Epidemic dropsy in Calcutta - Number 49
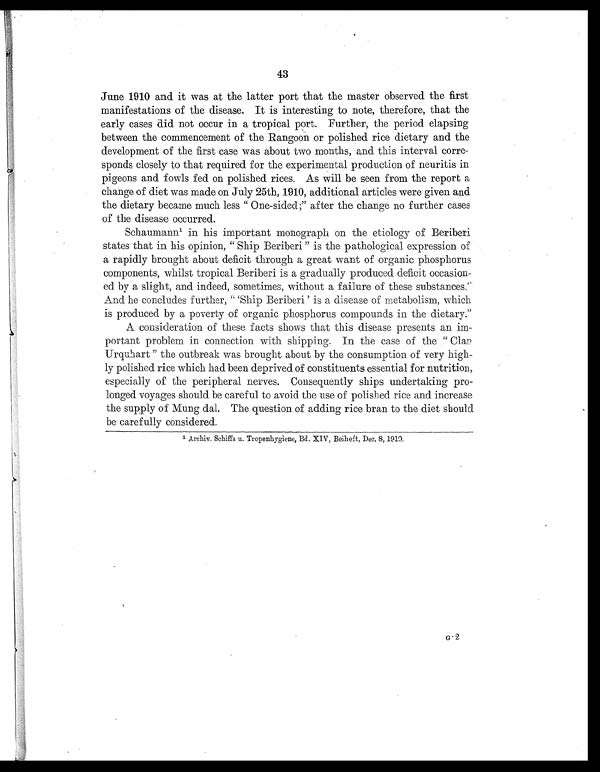
43
June 1910 and it was at the latter port that the master observed the first
manifestations of the disease. It is interesting to note, therefore, that the
early cases did not occur in a tropical port. Further, the period elapsing
between the commencement of the Rangoon or polished rice dietary and the
development of the first case was about two months, and this interval corre
-sponds closely to that required for the experimental production of neuritis in
pigeons and fowls fed on polished rices. As will be seen from the report a
change of diet was made on July 25th, 1910, additional articles were given and
the dietary became much less " One-sided ;" after the change no further cases
of the disease occurred.
Schaumann' in his important monograph on the etiology of Beriberi
states that in his opinion, "Ship Beriberi" is the pathological expression of
a rapidly brought about deficit through a great want of organic phosphorus
components, whilst tropical Beriberi is a gradually produced deficit occasion
-ed by a slight, and indeed, sometimes, without a failure of these substances."
And he concludes further, " 'Ship Beriberi' is a disease of metabolism, which
is produced by a poverty of organic phosphorus compounds in the dietary."
A consideration of these facts shows that this disease presents an im
-portant problem in connection with shipping. In the case of the " Clan
Urquhart " the outbreak was brought about by the consumption of very high
-ly polished rice which had been deprived of constituents essential for nutrition,
especially of the peripheral nerves. Consequently ships undertaking pro
-longed voyages should be careful to avoid the use of polished rice and increase
the supply of Mung dal. The question of adding rice bran to the diet should
be carefully considered.
Archi v. Schi ffs u. Tropenhygi ene, Bd. XIV, Bei heft, Dec. 8, 1910.
G . 2